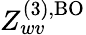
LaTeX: Z_{wv}^{\mathrm{(3),BO}}